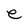
Character: e